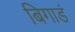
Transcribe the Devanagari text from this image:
बिगाडं